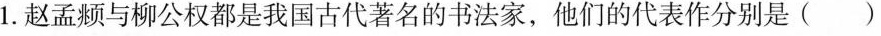
1.赵孟频与柳公权都是我国古代著名的书法家，他们的代表作分别是()